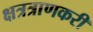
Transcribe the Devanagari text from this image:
क्षत्रत्राणकरी